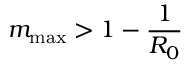
m _ { \mathrm { m a x } } > 1 - \frac { 1 } { R _ { 0 } }